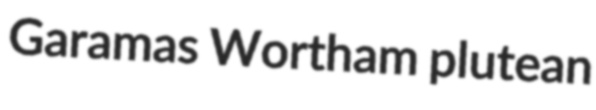
Garamas Wortham plutean